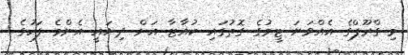
މި ގްރޫޕްގެ އެއްވަނަ ޓީމުގެ ގޮތުގައި ކުއާޓާ އަށް ދިޔައީ އެންމެ ފަހުގެ